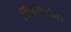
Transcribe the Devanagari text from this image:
फिलिपीनी